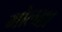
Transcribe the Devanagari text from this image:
गोलाध्र